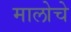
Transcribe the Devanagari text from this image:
मालोचे